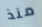
منذ